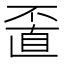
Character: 𠁆